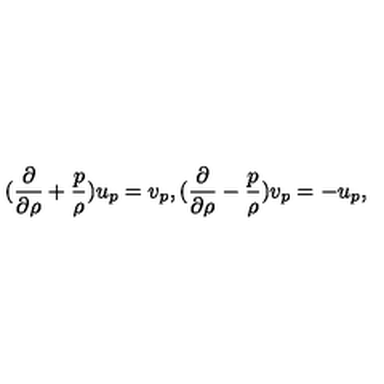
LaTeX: ( { \frac { \partial } { \partial \rho } } + { \frac { p } { \rho } } ) u _ { p } = v _ { p } , ( { \frac { \partial } { \partial \rho } } - { \frac { p } { \rho } } ) v _ { p } = - u _ { p } ,